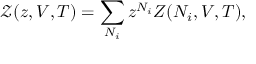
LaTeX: { \mathcal { Z } } ( z , V , T ) = \sum _ { N _ { i } } z ^ { N _ { i } } Z ( N _ { i } , V , T ) ,